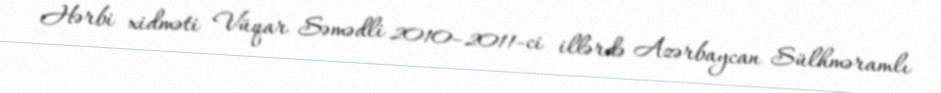
Hərbi xidməti Vüqar Səmədli 2010–2011-ci illərdə Azərbaycan Sülhməramlı